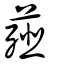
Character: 薤